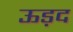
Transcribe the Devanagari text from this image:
ऊड़द